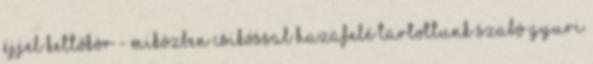
éjjel kettőkör - miközben Csikóssal hazafelé tartottunk Szabó Gyuri